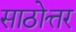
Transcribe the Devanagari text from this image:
साठोत्तर